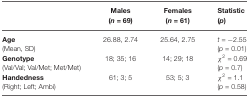
<table><thead><tr><td></td><td><b>Males (<i>n</i> = 69)</b></td><td><b>Females (<i>n</i> = 61)</b></td><td><b>Statistic (<i>p</i>)</b></td></tr></thead><tbody><tr><td><b>Age</b></td><td>26.88, 2.74</td><td>25.64, 2.75</td><td><i>t</i> = −2.55</td></tr><tr><td>(Mean, SD)</td><td></td><td></td><td>(<i>p</i> = 0.01)</td></tr><tr><td><b>Genotype</b></td><td>18; 35; 16</td><td>14; 29; 18</td><td><i>χ</i><sup>2</sup> = 0.69</td></tr><tr><td>(Val/Val; Val/Met; Met/Met)</td><td></td><td></td><td>(<i>p</i> = 0.7)</td></tr><tr><td><b>Handedness</b></td><td>61; 3; 5</td><td>53; 5; 3</td><td><i>χ</i><sup>2</sup> = 1.1</td></tr><tr><td>(Right; Left; Ambi)</td><td></td><td></td><td>(<i>p</i> = 0.58)</td></tr></tbody></table>